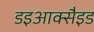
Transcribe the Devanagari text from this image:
डइआक्सैइड